Vaccination United Provinces of Agra and Oudh 1914-1922 - 1914-1922
Year: 1914
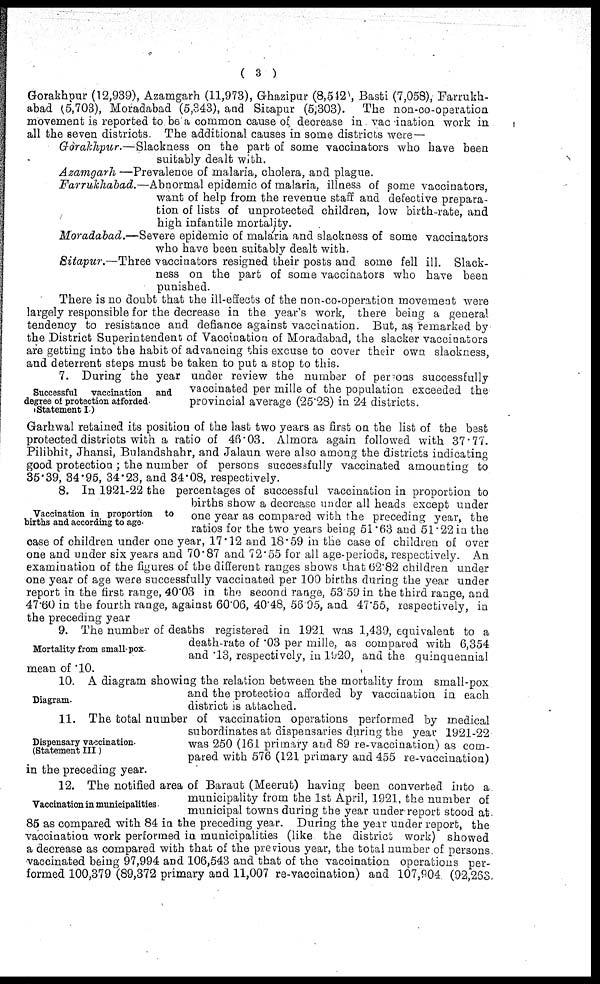
( 3 )
Gorakhpur (12,939), Azamgarh (11,973), Ghazipur (8,512), Basti (7,058), Farrukh-
abad (5,703), Moradabad (5,343), and Sitapur (5,303). The non-co-operation
movement is reported to be a common cause of decrease in vac ination work in
all the seven districts. The additional causes in some districts were —
Gorakhpur. — Slackness on the part of some vaccinators who have been
suitably dealt with.
Azamgarh—Prevalence
of malaria, cholera, and plague.
Farrukhabad.—Abnormal epidemic of malaria, illness of some vaccinators,
want of help from the revenue staff and defective prepara-
tion of lists of unprotected children, low birth-rate, and
high infantile mortality.
Moradabad.—Severe epidemic of malaria and slaokness of some vaccinators
who have been suitably dealt with.
Sitapur.—Three vaccinators resigned their posts and some fell ill. Slack-
ness on the part of some vaccinators who have been
punished.
There is no doubt that the ill-effects of the non-co-operation movement were
largely responsible for the decrease in the year's work, there being a genera!
tendency to resistance and defiance against vaccination. But, as remarked by
the District Superintendent of Vaccination of Moradabad, the slacker vaccinators
are getting into the habit of advancing this excuse to cover their own slackness,
and deterrent steps must be taken to put a stop to this.
Successful vaccination and
degree of protection afforded
Statement I.)
7. During the year under review the number of persons successfully
vaccinated per mille of the population exceeded the
provincial average (25.28) in 24 districts.
Garhwal retained its position of the last two years as first on the list of the best
protected districts with a ratio of 46.03. Almora again followed with 37.77.
Pilibhit, Jhansi, Bulandshahr, and Jalaun were also among the districts indicating
good protection ; the number of persons successfully vaccinated amounting to
35.39, 34.95, 34.23, and 34.08, respectively.
Vaccination in proportion to
births and according to age
8. In 1921-22 the percentages of successful vaccination in proportion to
births show a decrease under all heads except under
one year as compared with the preceding year, the
ratios for the two years being 51 .63 and 51 .22 in the
case of children under one year, 17.12 and 18.59 in the case of children of over
one and under six years and 70.87 and 72.55 for all age-periods, respectively. An
examination of the figures of the different ranges shows that 62.82 children under
one year of age were successfully vaccinated per 100 births during the year under
report in the first range, 40.03 in the second range, 53 59 in the third range, and
47.60 in the fourth range, against 60.06, 40.48, 55.05, and 47.55, respectively, in
the preceding year
Mortality from small pox
9. The number of deaths registered in 1921 was 1,439, equivalent to a
death-rate of .03 per mille, as compared with 6,354
and .13, respectively, in 1920, and the quinquennial
mean of .10.
Diagram.
10. A diagram showing the relation between the mortality from small-pox
and the protection afforded by vaccination in each
district is attached.
Dispensary vaccination
(Statement III)
11. The total number of vaccination operations performed by medical
subordinates at dispensaries during the year 1921-22
was 250 (161 primary and 89 re-vaccination) as com-
pared with 576 (121 primary and 455 re-vaccination)
in the preceding year.
Vaccination in municipalities
12. The notified area of Baraut (Meerut) having been converted into a
municipality from the 1st April, 1921, the number of
municipal towns during the year under report stood at
85 as compared with 84 in the preceding year. During the year under report, the
vaccination work performed in municipalities (like the district work) showed
a decrease as compared with that of the previous year, the total number of persons
vaccinated being 97,994 and 106,543 and that of the vaccination operations per-
formed 100,379 (89,372 primary and 11,007 re-vaccination) and 107,904 (92,263.